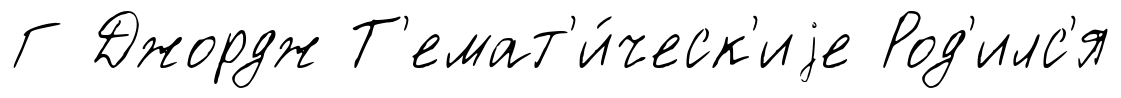
Г Джордж Т'емат'и́ческ'иjе Род'илс'я